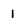
Character: 1